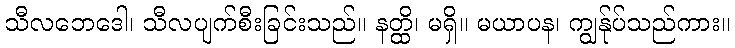
သီလဘေဒေါ၊ သီလပျက်စီးခြင်းသည်။ နတ္ထိ၊ မရှိ။ မယာပန၊ ကျွန်ုပ်သည်ကား။